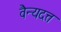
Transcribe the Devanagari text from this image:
वैन्यदत्त